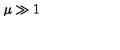
\mu \gg 1 \protect \protect \protect \protect